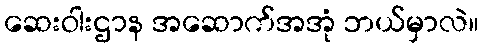
ဆေးဝါးဌာန အဆောက်အအုံ ဘယ်မှာလဲ။